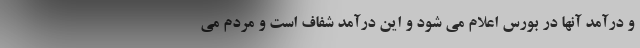
و درآمد آنها در بورس اعلام می شود و این درآمد شفاف است و مردم می